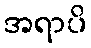
အရာပိ